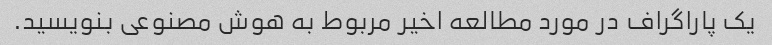
یک پاراگراف در مورد مطالعه اخیر مربوط به هوش مصنوعی بنویسید.